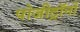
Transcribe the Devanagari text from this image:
पोजीट्रॉनों